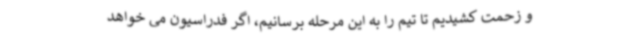
و زحمت کشیدیم تا تیم را به این مرحله برسانیم، اگر فدراسیون می خواهد